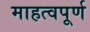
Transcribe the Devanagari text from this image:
माहत्वपूर्ण